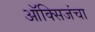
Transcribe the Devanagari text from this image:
ऑक्सिजंचा